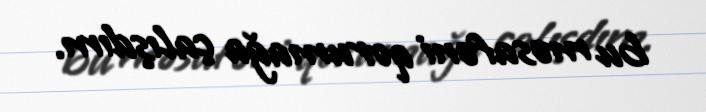
bu məsafəni qorumağa çalışdım.